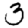
Digit: 3